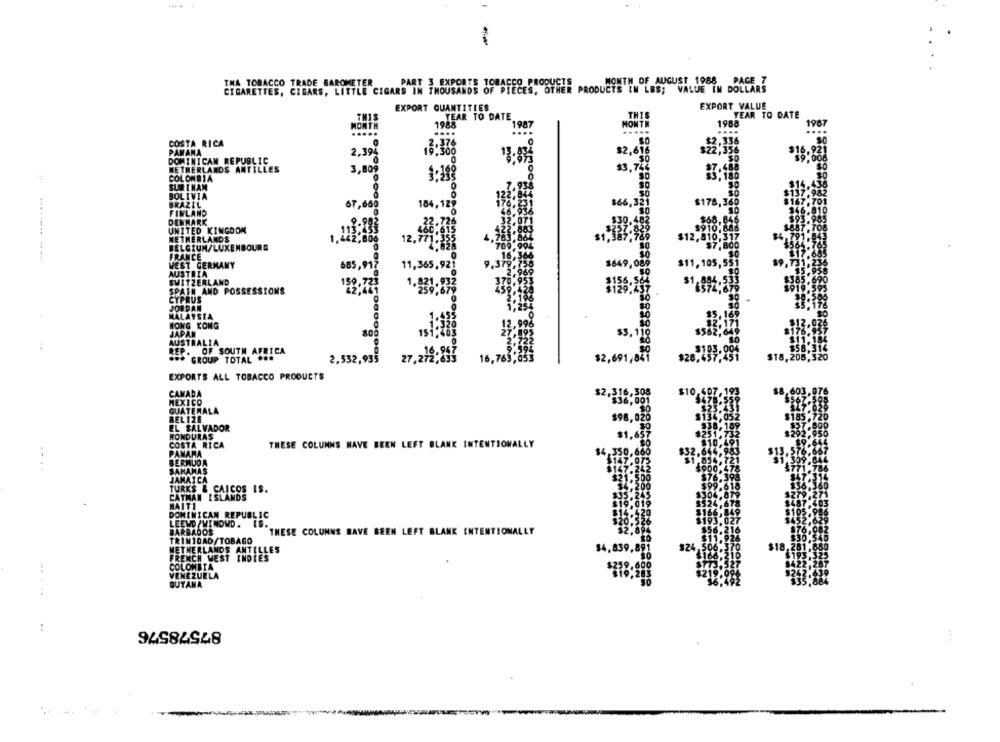
THA TOBACCO TRADE BAROMETER
PART 3 EXPORTS TOBACCO PRODUCTS
MONTH OF AUGUST 1988 PAGE 7
CIGARETTES, CIGARS, LITTLE CIGARS IN THOUSANDS OF PIECES, OTHER PRODUCTS IN LBS; VALUE IN DOLLARS
EXPORT VALUE
YEAR TO DATE
THIS
YEAR TO DATE
1987
MONTH
1988
....
COSTA RICA
PARANA
3:368
$2,616
DOMINICAN REPUBLIC
2,394
NETHERLANDS ANTILLES
$3.744
COLOMBIA
SUR INAM
BOLIVIA
BRAZIL
67,608
$66,321
$178,360
FINLAND
184,128
DENMARK
$68.846
UNITED KINGDOM
$910.886
NETHERLANDS
1.2
387.7
BELGIUM/LUXEMBOURG
FRANCE
VEST GERMANY
11, 365, 92
3649,08
$11,105,5
AUSTRIA
685,8
SWITZERLAND
SPAIN AND POSSESSIONS
CYPRUS
JORDAN
MALAYSIA
HONG KONG
JAPAN
AUSTRALIA
REP. OF SOUTH AFRICA
GROUP TOTAL ***
16.94
2.532,935
27
27,272,6]]
16
$2,691
EXPORTS ALL TOBACCO PRODUCTS
CAMADA
$2.
MEXICO
GUATEMALA
BEL 126
EL SALVADOR
HONDURAS
$1,657
COSTA RICA
THESE COLUMNS HAVE BEEN LEFT BLANK INTENTIONALLY
PANAMA
$4,350,660
BERMUDA
BAHAMAS
JAMAICA
TURKS & CAICOS IS.
CATHAN ISLANDS
HAITI
DOMINICAN REPUBLIC
LEEWD /WINOWD .
BARBADOS
THESE COLUMNS HAVE BEEN LEFT BLANK INTENTIONALLY
TRINIDAD/TOBAGO
NETHERLANDS ANTILLES
$4,839,89
324
$18
FRENCH WEST INDIES
COLOMBIA
VENEZUELA
GUTANA
......
87578576